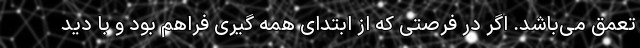
تعمق می‌باشد. اگر در فرصتی که از ابتدای همه گیری فراهم بود و با دید